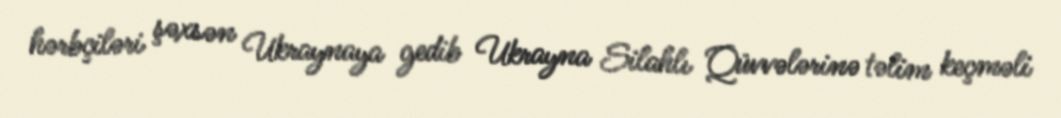
hərbçiləri şəxsən Ukraynaya gedib Ukrayna Silahlı Qüvvələrinə təlim keçməli